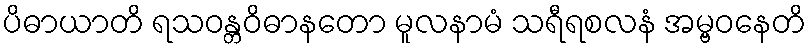
ပိဓာယာတိ ရသဝန္တဝိဓာနတော မူလနာမံ သရီရစလနံ အမ္ဗဝနေတိ